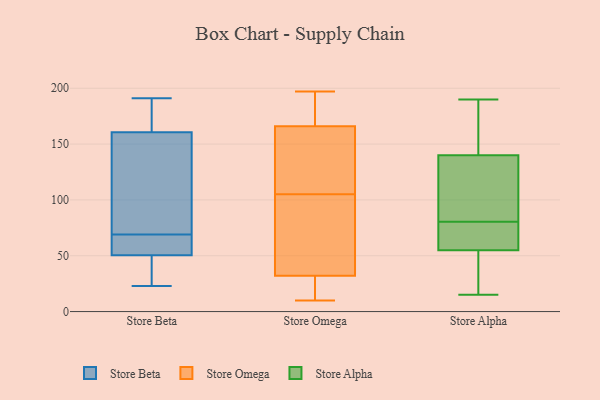
{"axis": {"x": "Headcount", "y": "Value"}, "legend": ["Store Alpha", "Store Beta", "Store Omega"], "data": [{"x": "", "y": 142, "type": "Store Beta"}, {"x": "", "y": 163, "type": "Store Beta"}, {"x": "", "y": 54, "type": "Store Beta"}, {"x": "", "y": 56, "type": "Store Beta"}, {"x": "", "y": 191, "type": "Store Beta"}, {"x": "", "y": 47, "type": "Store Beta"}, {"x": "", "y": 24, "type": "Store Beta"}, {"x": "", "y": 23, "type": "Store Beta"}, {"x": "", "y": 66, "type": "Store Beta"}, {"x": "", "y": 175, "type": "Store Beta"}, {"x": "", "y": 158, "type": "Store Beta"}, {"x": "", "y": 72, "type": "Store Beta"}, {"x": "", "y": 140, "type": "Store Omega"}, {"x": "", "y": 13, "type": "Store Omega"}, {"x": "", "y": 160, "type": "Store Omega"}, {"x": "", "y": 184, "type": "Store Omega"}, {"x": "", "y": 197, "type": "Store Omega"}, {"x": "", "y": 14, "type": "Store Omega"}, {"x": "", "y": 121, "type": "Store Omega"}, {"x": "", "y": 78, "type": "Store Omega"}, {"x": "", "y": 105, "type": "Store Omega"}, {"x": "", "y": 10, "type": "Store Omega"}, {"x": "", "y": 192, "type": "Store Omega"}, {"x": "", "y": 193, "type": "Store Omega"}, {"x": "", "y": 13, "type": "Store Omega"}, {"x": "", "y": 92, "type": "Store Omega"}, {"x": "", "y": 126, "type": "Store Omega"}, {"x": "", "y": 102, "type": "Store Omega"}, {"x": "", "y": 38, "type": "Store Omega"}, {"x": "", "y": 15, "type": "Store Alpha"}, {"x": "", "y": 54, "type": "Store Alpha"}, {"x": "", "y": 61, "type": "Store Alpha"}, {"x": "", "y": 74, "type": "Store Alpha"}, {"x": "", "y": 104, "type": "Store Alpha"}, {"x": "", "y": 93, "type": "Store Alpha"}, {"x": "", "y": 49, "type": "Store Alpha"}, {"x": "", "y": 176, "type": "Store Alpha"}, {"x": "", "y": 190, "type": "Store Alpha"}, {"x": "", "y": 56, "type": "Store Alpha"}, {"x": "", "y": 189, "type": "Store Alpha"}, {"x": "", "y": 87, "type": "Store Alpha"}]}